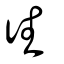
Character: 徃